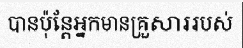
បានប៉ុន្តែអ្នកមានគ្រួសាររបស់